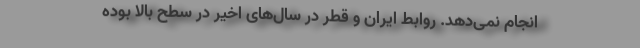
انجام نمی‌دهد. روابط ایران و قطر در سال‌های اخیر در سطح بالا بوده